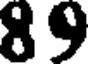
89